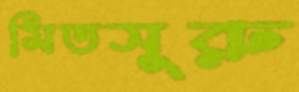
মিতসুরু